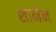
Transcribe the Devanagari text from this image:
शानेन